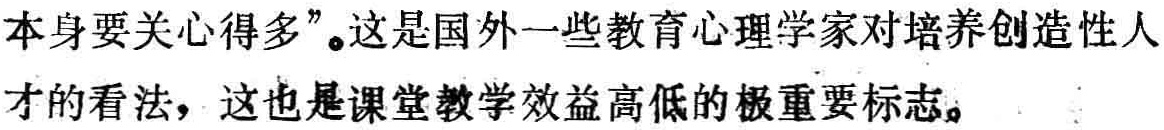
本身要关心得多”。这是国外一些教育心理学家对培养创造性人
才的看法，这也是课堂教学效益高低的极重要标志。